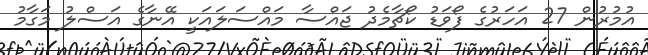
އުމުރުން 27 އަހަރުގެ ފޯވަޑު ކޯޗާމެދު ޖައްސާ މައްސަލައަކީ އޭނާގެ އަސްލު މަގާމު